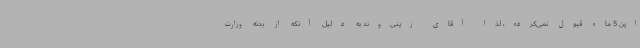
این 5 ماه قبول نمی‌کرده، لذا آقای زینی‌وند به دلیل آنکه از بدنه وزارت